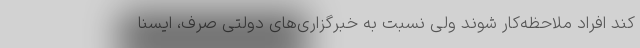
‌کند افراد ملاحظه‌کار شوند ولی نسبت به خبرگزاری‌های دولتی صرف، ایسنا